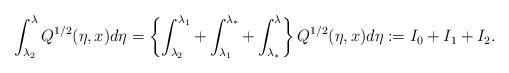
LaTeX: \begin{align*} \int_{\lambda_2}^{\lambda}Q^{1/2}(\eta,x) d \eta=\left\{\int_{\lambda_2}^{\lambda_1}+\int_{\lambda_1}^{\lambda_*}+\int_{\lambda_*}^{\lambda}\right\}Q^{1/2}(\eta,x) d\eta:=I_0+I_1+I_2.\end{align*}